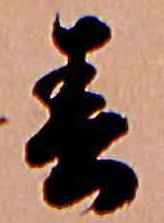
春